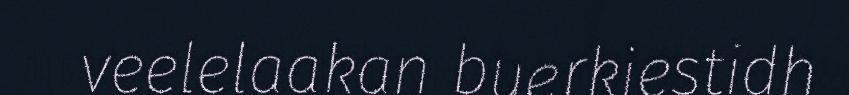
veelelaakan buerkiestidh